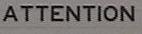
attention